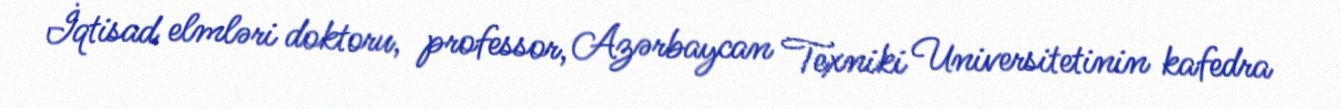
İqtisad elmləri doktoru, professor, Azərbaycan Texniki Universitetinin kafedra